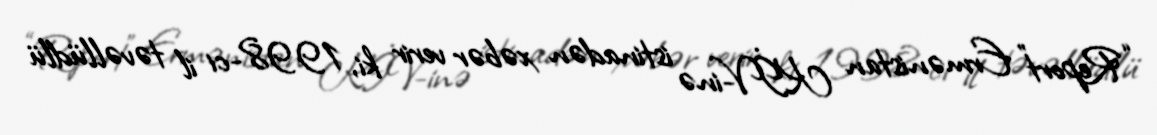
“Report” Ermənistan KİV-inə istinadən xəbər verir ki, 1998-ci il təvəllüdlü